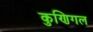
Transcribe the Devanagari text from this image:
कुणिगल